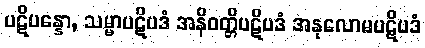
ပဋိပန္နော, သမ္မာပဋိပဒံ အနိဝတ္တိပဋိပဒံ အနုလောမပဋိပဒံ